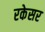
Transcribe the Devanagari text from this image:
रकेसर